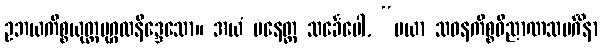
ဥဘယကိစ္စယုတ္တပုဂ္ဂလနိဒ္ဒေသော။ အယံ ပနေတ္ထ သင်္ခေပေါ, “မယာ သဝနကိစ္စဝိညာဏသမင်္ဂိနာ